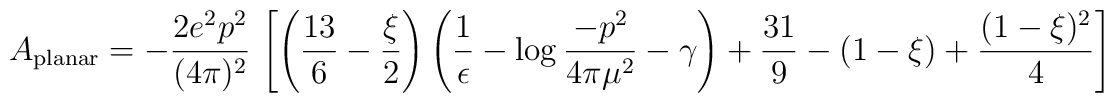
A_{\rm planar} = - {2e^{2}p^{2}\over (4\pi)^{2}}\,\left[\left({13\over6} - {\xi\over 2}\right) \left({1\over \epsilon} - \log {-p^{2}\over4\pi \mu^{2}} - \gamma\right) + {31\over 9} - (1-\xi) +{(1-\xi)^{2}\over 4}\right]